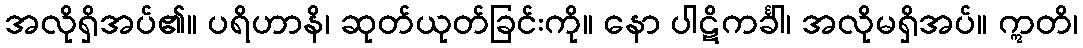
အလိုရှိအပ်၏။ ပရိဟာနိ၊ ဆုတ်ယုတ်ခြင်းကို။ နော ပါဋိကင်္ခါ၊ အလိုမရှိအပ်။ ဣတိ၊